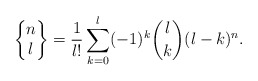
\begin{align*} \begin{Bmatrix} n \\ l \end{Bmatrix} = \frac{1}{l!} \sum_{k=0}^l (-1)^k \binom{l}{k} (l-k)^n. \end{align*}